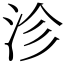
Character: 沴